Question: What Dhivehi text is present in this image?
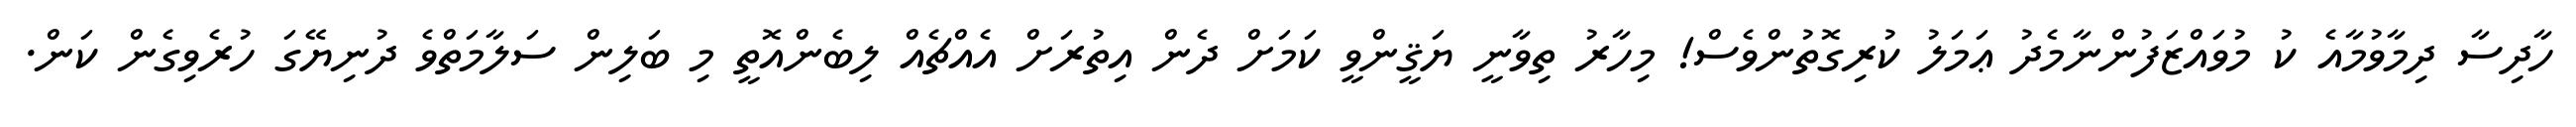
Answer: ހާދިސާ ދިމާވުމާއެ ކު މުވައްޒަފުންނާމެދު ޢަމަލު ކުރިގޮތުންވެސް! މިހާރު ތިވާނީ ޔަޤީންވީ ކަމަށް ދެން އިތުރަށް އެއްޗެއް ލިބެންއޮތީ މި ބަލިން ސަލާމަތްވެ ދުނިޔޭގަ ހުރެވިގެން ކަން.